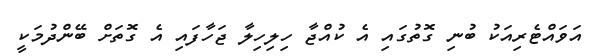
އަވައްޓެރިއަކު ބުނި ގޮތުގައި އެ ކުއްޖާ ހިލިހިލާ ޖަހާފައި އެ ގޮތަށް ބޭންދުމަކީ